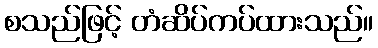
စသည်ဖြင့် တံဆိပ်ကပ်ထားသည်။